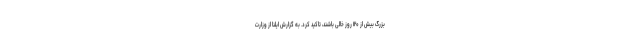
بزرگ بیش از ۱۲۰ روز خالی باشند، تاکید کرد. به گزارش ایلنا از وزارت